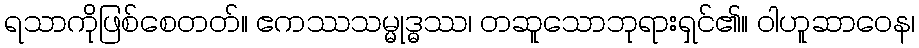
ရသာကိုဖြစ်စေတတ်။ ဧကဿသမ္မုဒ္ဓဿ၊ တဆူသောဘုရားရှင်၏။ ဝါဟူဆာဝေန၊